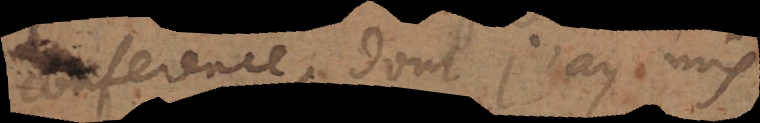
conference, dont j’ay mis